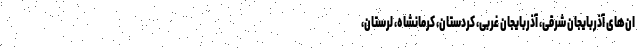
ان‌های آذربایجان شرقی، آذربایجان غربی، کردستان، کرمانشاه، لرستان،